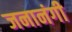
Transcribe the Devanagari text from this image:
जनानंगी